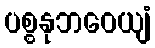
ပစ္စနုဘဝေယျံ